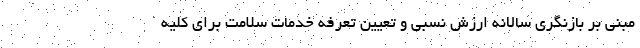
مبنی بر بازنگری سالانه ارزش نسبی و تعیین تعرفه خدمات سلامت برای کلیه